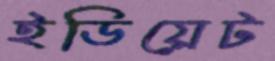
ইডিয়েট